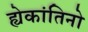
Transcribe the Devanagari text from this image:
ह्येकांतिनो